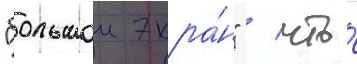
"большои экра́н" / что́